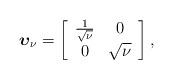
LaTeX: \begin{align*}\boldsymbol{\upsilon}_\nu= \left[ \begin{array}{cc} \frac{1}{\sqrt\nu} & 0 \\ 0 & \sqrt{\nu} \\ \end{array}\right],\end{align*}